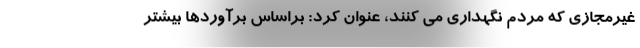
غیرمجازی که مردم نگهداری می کنند، عنوان کرد: براساس برآوردها بیشتر